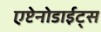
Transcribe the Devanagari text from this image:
एप्टेनोडाईट्स